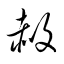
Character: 赦